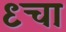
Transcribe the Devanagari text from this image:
९चा